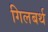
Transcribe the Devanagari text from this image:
गिलबर्थ